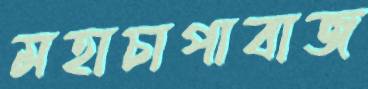
মহাচাপাবাজ